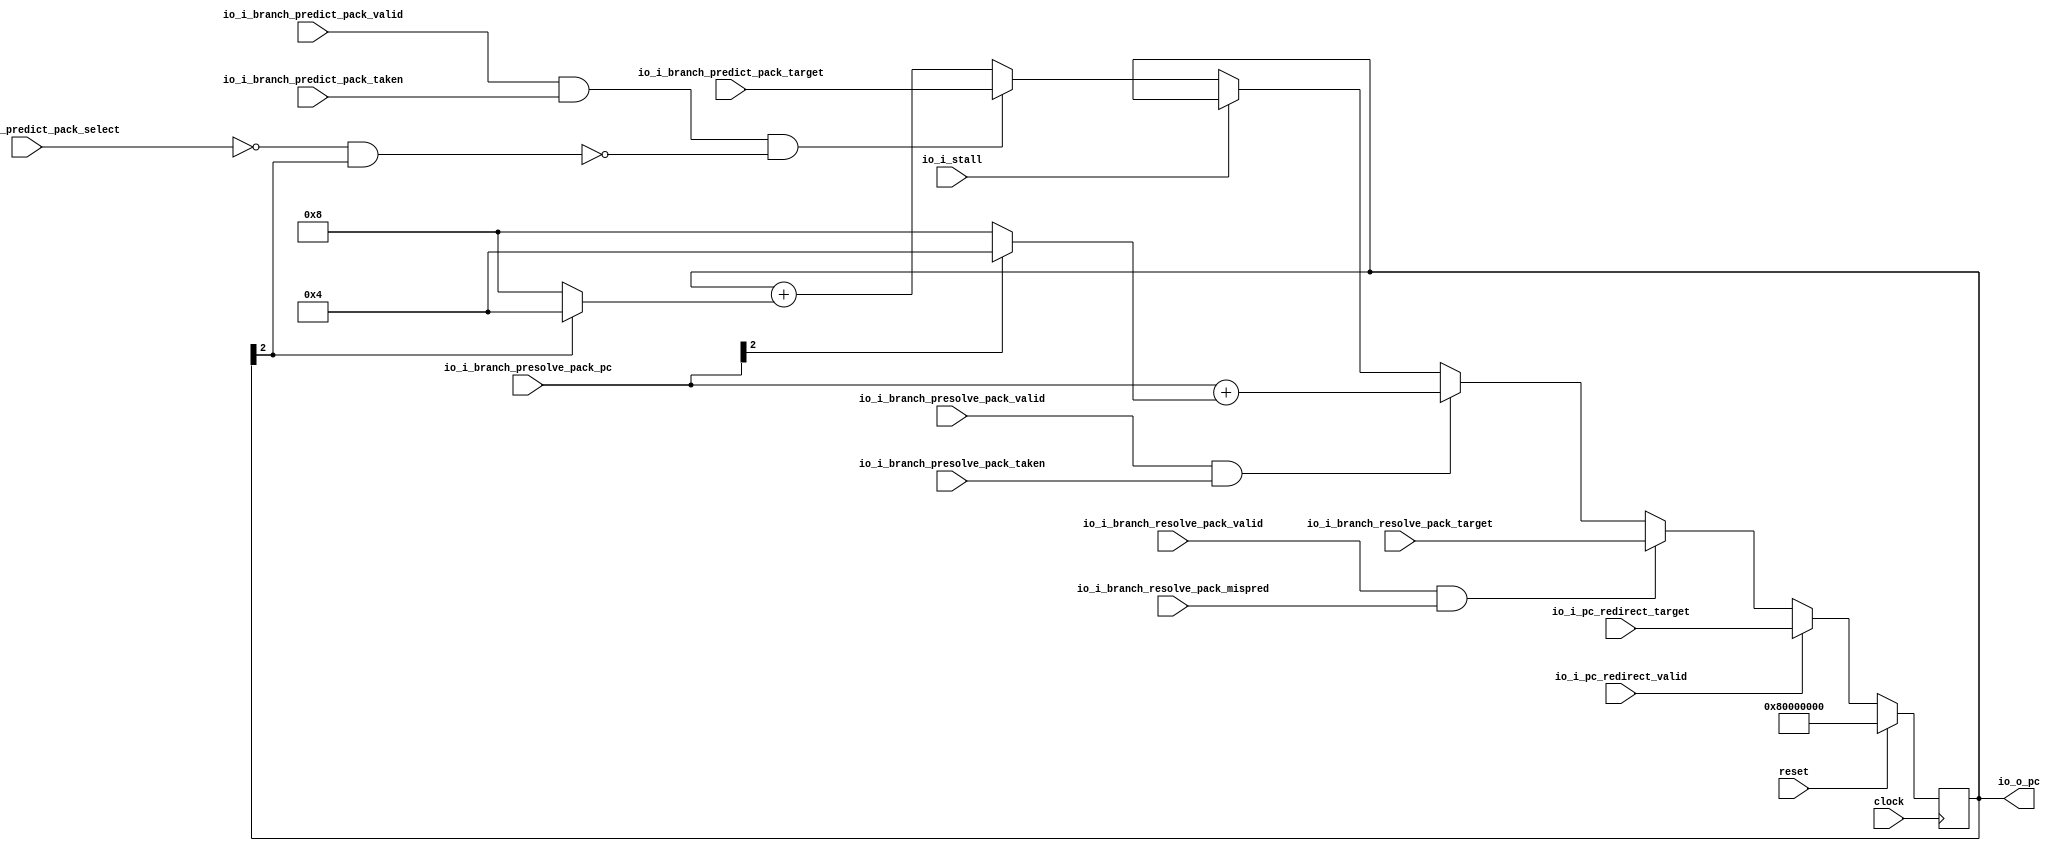
module PC_Gen(
  input         clock,
  input         reset,
  input         io_i_stall,
  input         io_i_pc_redirect_valid,
  input  [63:0] io_i_pc_redirect_target,
  input         io_i_branch_predict_pack_valid,
  input  [63:0] io_i_branch_predict_pack_target,
  input         io_i_branch_predict_pack_select,
  input         io_i_branch_predict_pack_taken,
  input         io_i_branch_presolve_pack_valid,
  input         io_i_branch_presolve_pack_taken,
  input  [63:0] io_i_branch_presolve_pack_pc,
  input         io_i_branch_resolve_pack_valid,
  input         io_i_branch_resolve_pack_mispred,
  input  [63:0] io_i_branch_resolve_pack_target,
  output [63:0] io_o_pc
);
`ifdef RANDOMIZE_REG_INIT
  reg [63:0] _RAND_0;
`endif // RANDOMIZE_REG_INIT
  reg [63:0] pc; // @[pc_gen.scala 24:21]
  wire [3:0] _npc_T_1 = io_i_branch_presolve_pack_pc[2] ? 4'h4 : 4'h8; // @[pc_gen.scala 40:50]
  wire [63:0] _GEN_5 = {{60'd0}, _npc_T_1}; // @[pc_gen.scala 40:45]
  wire [63:0] _npc_T_3 = io_i_branch_presolve_pack_pc + _GEN_5; // @[pc_gen.scala 40:45]
  wire [63:0] _npc_T_5 = pc[2] ? 64'h4 : 64'h8; // @[pc_gen.scala 47:24]
  wire [63:0] _npc_T_7 = pc + _npc_T_5; // @[pc_gen.scala 47:19]
  wire [63:0] _GEN_0 = io_i_branch_predict_pack_valid & io_i_branch_predict_pack_taken & ~(~
    io_i_branch_predict_pack_select & pc[2]) ? io_i_branch_predict_pack_target : _npc_T_7; // @[pc_gen.scala 44:144 45:13 47:13]
  wire [63:0] _GEN_1 = io_i_stall ? pc : _GEN_0; // @[pc_gen.scala 41:27 42:13]
  assign io_o_pc = pc; // @[pc_gen.scala 31:13]
  always @(posedge clock) begin
    if (reset) begin // @[pc_gen.scala 24:21]
      pc <= 64'h80000000; // @[pc_gen.scala 24:21]
    end else if (io_i_pc_redirect_valid) begin // @[pc_gen.scala 32:33]
      pc <= io_i_pc_redirect_target; // @[pc_gen.scala 33:13]
    end else if (io_i_branch_resolve_pack_valid & io_i_branch_resolve_pack_mispred) begin // @[pc_gen.scala 34:83]
      pc <= io_i_branch_resolve_pack_target; // @[pc_gen.scala 35:13]
    end else if (io_i_branch_presolve_pack_valid & io_i_branch_presolve_pack_taken) begin // @[pc_gen.scala 36:83]
      pc <= _npc_T_3; // @[pc_gen.scala 40:13]
    end else begin
      pc <= _GEN_1;
    end
  end
// Register and memory initialization
`ifdef RANDOMIZE_GARBAGE_ASSIGN
`define RANDOMIZE
`endif
`ifdef RANDOMIZE_INVALID_ASSIGN
`define RANDOMIZE
`endif
`ifdef RANDOMIZE_REG_INIT
`define RANDOMIZE
`endif
`ifdef RANDOMIZE_MEM_INIT
`define RANDOMIZE
`endif
`ifndef RANDOM
`define RANDOM $random
`endif
`ifdef RANDOMIZE_MEM_INIT
  integer initvar;
`endif
`ifndef SYNTHESIS
`ifdef FIRRTL_BEFORE_INITIAL
`FIRRTL_BEFORE_INITIAL
`endif
initial begin
  `ifdef RANDOMIZE
    `ifdef INIT_RANDOM
      `INIT_RANDOM
    `endif
    `ifndef VERILATOR
      `ifdef RANDOMIZE_DELAY
        #`RANDOMIZE_DELAY begin end
      `else
        #0.002 begin end
      `endif
    `endif
`ifdef RANDOMIZE_REG_INIT
  _RAND_0 = {2{`RANDOM}};
  pc = _RAND_0[63:0];
`endif // RANDOMIZE_REG_INIT
  `endif // RANDOMIZE
end // initial
`ifdef FIRRTL_AFTER_INITIAL
`FIRRTL_AFTER_INITIAL
`endif
`endif // SYNTHESIS
endmodule